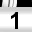
Digit: 1